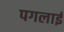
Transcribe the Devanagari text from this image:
पगलाई